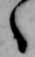
ゝ